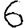
Digit: 6